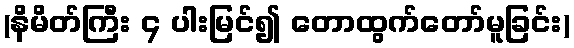
(နိမိတ်ကြီး ၄ ပါးမြင်၍ တောထွက်တော်မူခြင်း)